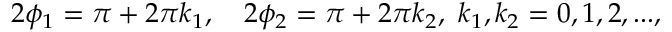
2 \phi _ { 1 } = \pi + 2 \pi k _ { 1 } , ~ ~ ~ 2 \phi _ { 2 } = \pi + 2 \pi k _ { 2 } , ~ k _ { 1 } , k _ { 2 } = 0 , 1 , 2 , . . . ,